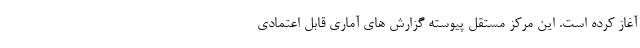
آغاز کرده است. این مرکز مستقل پیوسته گزارش های آماری قابل اعتمادی